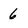
Character: 6